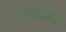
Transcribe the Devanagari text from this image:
प्रभासन